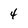
Character: 4